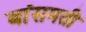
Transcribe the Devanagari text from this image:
बांसमती